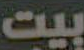
بيت